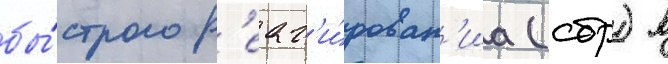
бы́строго р'еаг'и́рован'иа (сбр) в